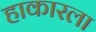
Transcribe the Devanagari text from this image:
हाकारला